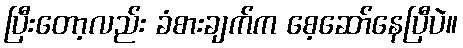
ပြီးတော့လည်း ခံစားချက်က စေ့ဆော်နေပြီပဲ။